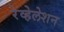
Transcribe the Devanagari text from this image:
रेव्हेलेशन